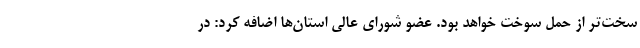
سخت‌تر از حمل سوخت خواهد بود. عضو شورای عالی استان‌ها اضافه کرد: در